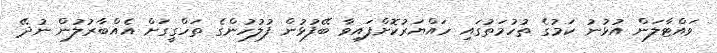
ވައްޓާލަން އުޅުނު ކަމުގެ ތުހުމަތުގައި ހައްޔަރުކޮށްފައިވާ ބޭފުޅުން ފުލުހުންގެ ތަހްގީގަށް އެއްބާރުލުން ނުދޭ